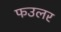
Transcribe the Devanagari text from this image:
फउलर